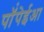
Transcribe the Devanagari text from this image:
पॉंपेईआ